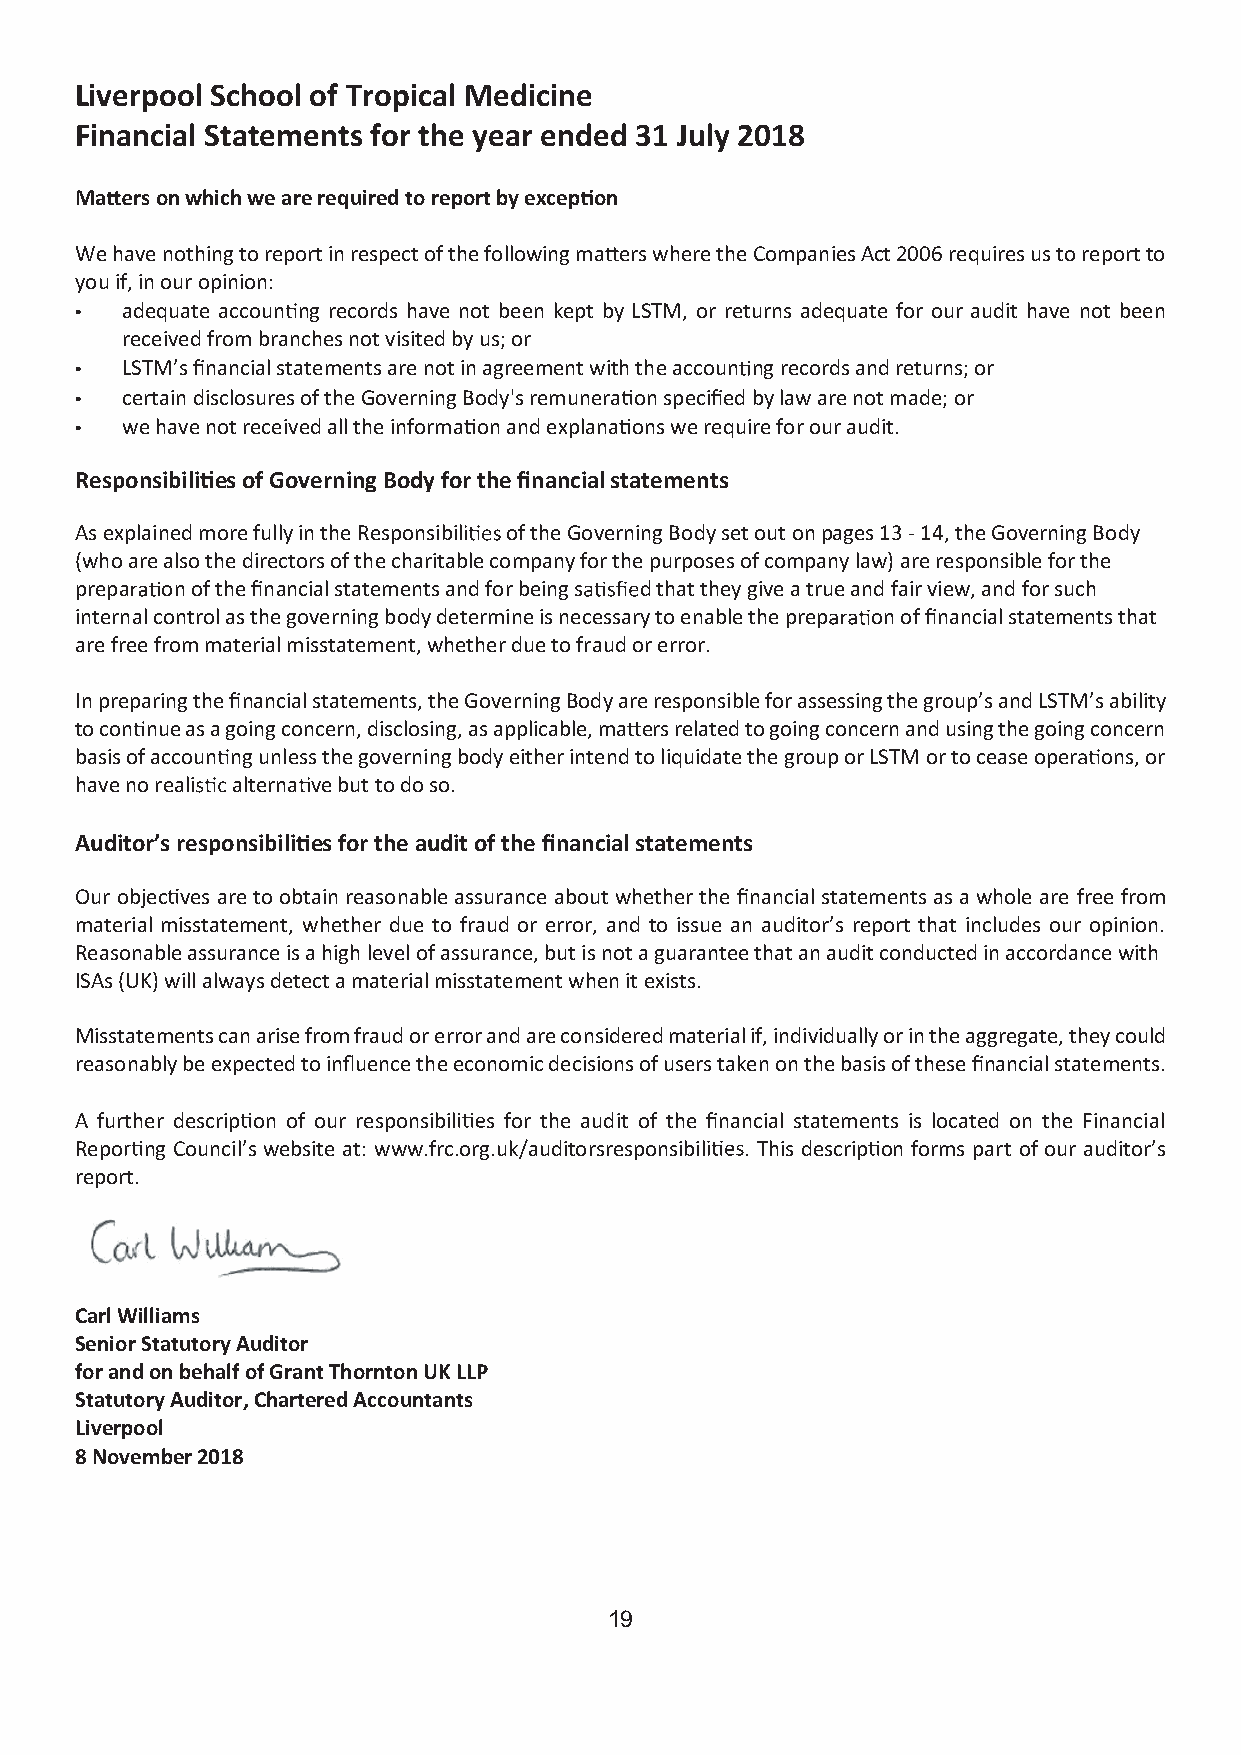
Liverpool School of Tropical Medicine
 Financial Statements for the year ended 31 July 2018
 Ma  s on which we are required to report by excep on
 We have nothing to report in respect of the following ma ers where the Companies Act 2006 requires us to report to
 you if, in our opinion:
 •  adequate accoun ng records have not been kept by LSTM, or returns adequate for our audit have not been
 received from branches not visited by us; or
 •  LSTM’(cid:400)(cid:3)(cid:302)nancial statements are not in agreement with the accoun ng records and returns; or
 •  certain disclosures of the Governing Body's remunera on speci(cid:302)ed by law are not made; or
 •  we have not received all the informa on and explana ons we require for our audit.
 Responsibili es of Governing Body for the (cid:302)nancial statements
 As explained more fully in the Responsibil of the Governing Body set out on pages 13 - 14, the Governing Body
 (who are also the directors of the charitable company for the purposes of company law) are responsible for the
 prepa on of (cid:410)(cid:346)(cid:286)(cid:3)(cid:302)(cid:374)ancial statements and for being s d that they give a true and fair view, and for such
 internal control as the governing body determine is necessary to enable the prep on o(cid:296)(cid:3)(cid:302)nancial statements that
 are free from material misstatement, whether due to fraud or error.
 In preparing the (cid:302)nancial statements, the Governing Body are responsible for assessing the group’s and LSTM’s ability
 to con nue as a going concern, disclosing, as applicable, ma ers related to going concern and using the going concern
 basis of accoun ng unless the governing body either intend to liquidate the group or LSTM or to cease oper ons, or
 have no reali alterna ve but to do so.
 Auditor’s responsibili es for the audit of the (cid:302)nancial statements
 Our objec ves are to obtain reasonable assurance about whether the (cid:302)nancial statements as a whole are free from
 material misstatement, whether due to fraud or error, and to issue an auditor’s report that includes our opinion.
 Reasonable assurance is a high level of assurance, but is not a guarantee that an audit conducted in accordance with
 ISAs (UK) will always detect a material misstatement when it exists.
 Misstatements can arise from fraud or error and are considered material if, individually or in the aggregate, they could
 reasonably be expected to in(cid:327)uence the economic decisions of users taken on the basis of these (cid:302)nancial statements.
 A further descrip on of our responsibil s for the audit of the (cid:302)nancial statements is located on the Financial
 Repo ng Council’s website at: www.frc.org.uk/auditorsresponsibil . This descrip on forms part of our auditor’s
 report.
 Carl Williams
 Senior Statutory Auditor
 for and on behalf of Grant Thornton UK LLP
 Statutory Auditor, Chartered Accountants
 Liverpool
 8 November 2018
 19